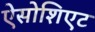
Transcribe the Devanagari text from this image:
ऐसोशिएट